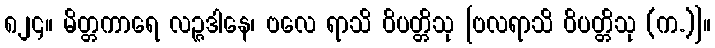
၈၂၄။ မိတ္တကာရေ လဉ္ဇဒါနေ၊ ဗလေ ရာသိ ဝိပတ္တိသု [ဗလရာသိ ဝိပတ္တိသု (က.)]။